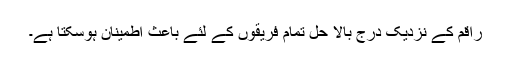
راقم کے نزدیک درج بالا حل تمام فریقوں کے لئے باعث اطمینان ہوسکتا ہے۔